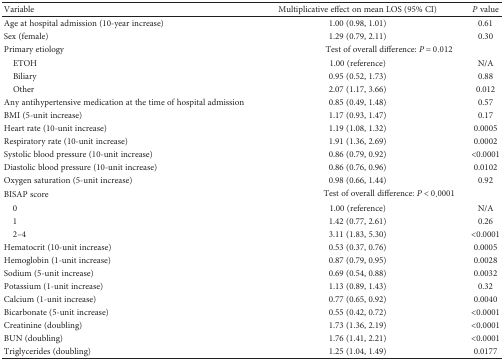
<table><thead><tr><td><b>Variable</b></td><td><b>Multiplicative effect on mean LOS (95% CI)</b></td><td><b><i>P</i> value</b></td></tr></thead><tbody><tr><td>Age at hospital admission (10-year increase)</td><td>1.00 (0.98, 1.01)</td><td>0.61</td></tr><tr><td>Sex (female)</td><td>1.29 (0.79, 2.11)</td><td>0.30</td></tr><tr><td>Primary etiology</td><td colspan="2">Test of overall difference: <i>P</i> = 0.012</td></tr><tr><td> ETOH</td><td>1.00 (reference)</td><td>N/A</td></tr><tr><td> Biliary</td><td>0.95 (0.52, 1.73)</td><td>0.88</td></tr><tr><td> Other</td><td>2.07 (1.17, 3.66)</td><td>0.012</td></tr><tr><td>Any antihypertensive medication at the time of hospital admission</td><td>0.85 (0.49, 1.48)</td><td>0.57</td></tr><tr><td>BMI (5-unit increase)</td><td>1.17 (0.93, 1.47)</td><td>0.17</td></tr><tr><td>Heart rate (10-unit increase)</td><td>1.19 (1.08, 1.32)</td><td>0.0005</td></tr><tr><td>Respiratory rate (10-unit increase)</td><td>1.91 (1.36, 2.69)</td><td>0.0002</td></tr><tr><td>Systolic blood pressure (10-unit increase)</td><td>0.86 (0.79, 0.92)</td><td>&lt;0.0001</td></tr><tr><td>Diastolic blood pressure (10-unit increase)</td><td>0.86 (0.76, 0.96)</td><td>0.0102</td></tr><tr><td>Oxygen saturation (5-unit increase)</td><td>0.98 (0.66, 1.44)</td><td>0.92</td></tr><tr><td>BISAP score</td><td colspan="2">Test of overall difference: <i>P</i> &lt; 0.0001</td></tr><tr><td> 0</td><td>1.00 (reference)</td><td>N/A</td></tr><tr><td> 1</td><td>1.42 (0.77, 2.61)</td><td>0.26</td></tr><tr><td> 2–4</td><td>3.11 (1.83, 5.30)</td><td>&lt;0.0001</td></tr><tr><td>Hematocrit (10-unit increase)</td><td>0.53 (0.37, 0.76)</td><td>0.0005</td></tr><tr><td>Hemoglobin (1-unit increase)</td><td>0.87 (0.79, 0.95)</td><td>0.0028</td></tr><tr><td>Sodium (5-unit increase)</td><td>0.69 (0.54, 0.88)</td><td>0.0032</td></tr><tr><td>Potassium (1-unit increase)</td><td>1.13 (0.89, 1.43)</td><td>0.32</td></tr><tr><td>Calcium (1-unit increase)</td><td>0.77 (0.65, 0.92)</td><td>0.0040</td></tr><tr><td>Bicarbonate (5-unit increase)</td><td>0.55 (0.42, 0.72)</td><td>&lt;0.0001</td></tr><tr><td>Creatinine (doubling)</td><td>1.73 (1.36, 2.19)</td><td>&lt;0.0001</td></tr><tr><td>BUN (doubling)</td><td>1.76 (1.41, 2.21)</td><td>&lt;0.0001</td></tr><tr><td>Triglycerides (doubling)</td><td>1.25 (1.04, 1.49)</td><td>0.0177</td></tr></tbody></table>